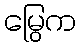
မြွေက